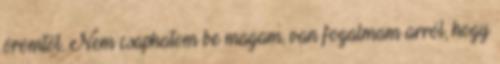
örömtől. Nem csaphatom be magam, van fogalmam arról, hogy